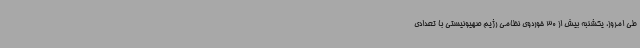
طی امروز، یکشنبه بیش از 30 خوردوی نظامی رژیم صهیونیستی با تعدادی